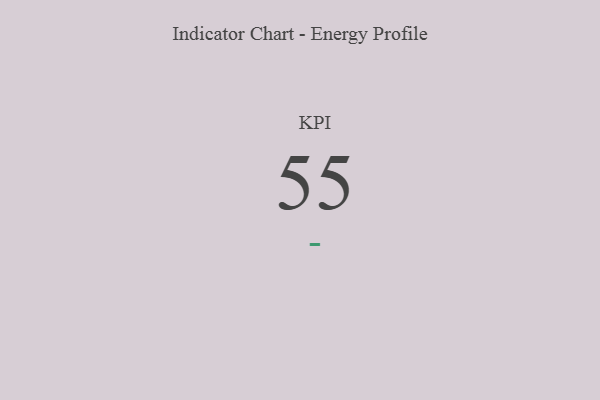
{"axis": {"x": "KPI", "y": "Value"}, "legend": [""], "data": [{"x": "KPI", "y": 55, "type": ""}]}